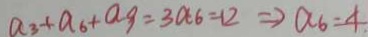
a _ { 3 } + a _ { 6 } + a _ { 9 } = 3 a _ { 6 } = 1 2 \Rightarrow a _ { 6 } = 4